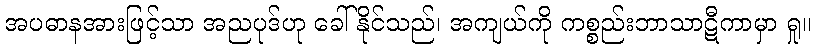
အပဓာနအားဖြင့်သာ အညပုဒ်ဟု ခေါ်နိုင်သည်၊ အကျယ်ကို ကစ္စည်းဘာသာဋီကာမှာ ရှု။